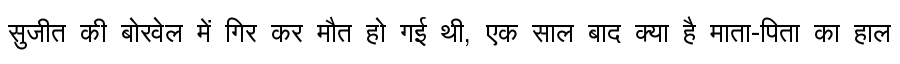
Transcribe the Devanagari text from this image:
सुजीत की बोरवेल में गिर कर मौत हो गई थी, एक साल बाद क्या है माता-पिता का हाल